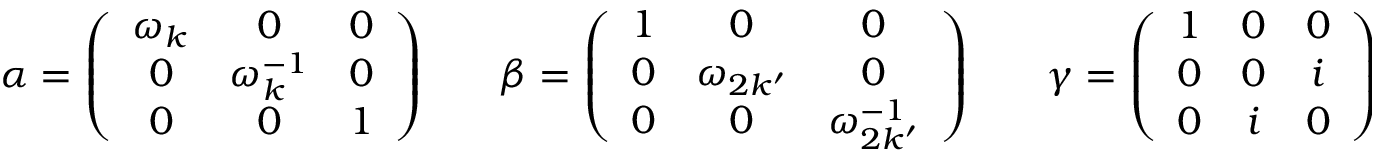
\alpha = \left( \begin{array} { c c c } { { \omega _ { k } } } & { { 0 } } & { { 0 } } \\ { { 0 } } & { { \omega _ { k } ^ { - 1 } } } & { { 0 } } \\ { { 0 } } & { { 0 } } & { { 1 } } \end{array} \right) ~ ~ ~ ~ ~ ~ ~ ~ \beta = \left( \begin{array} { c c c } { { 1 } } & { { 0 } } & { { 0 } } \\ { { 0 } } & { { \omega _ { 2 k ^ { \prime } } } } & { { 0 } } \\ { { 0 } } & { { 0 } } & { { \omega _ { 2 k ^ { \prime } } ^ { - 1 } } } \end{array} \right) ~ ~ ~ ~ ~ ~ ~ ~ \gamma = \left( \begin{array} { c c c } { { 1 } } & { { 0 } } & { { 0 } } \\ { { 0 } } & { { 0 } } & { { i } } \\ { { 0 } } & { { i } } & { { 0 } } \end{array} \right)